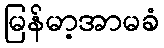
မြန်မာ့အာမခံ